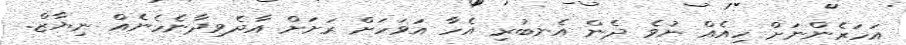
އަހަރެންނަށް ހިއެއް ނުވެ ދެން އެނބުރި އެހާ އަވަހަށް ރަށަށް އާދެވިދާނެހެނެއް ނިޔާޒް.